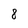
Character: 8